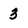
Character: 3